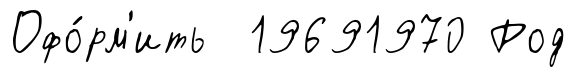
Офо́рм'ить 19691970 Род